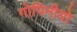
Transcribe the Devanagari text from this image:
गोपिनीयो